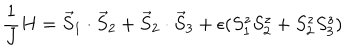
LaTeX: \frac { 1 } { J } H = \vec { S } _ { 1 } \cdot \vec { S } _ { 2 } + \vec { S } _ { 2 } \cdot \vec { S } _ { 3 } + \epsilon ( S _ { 1 } ^ { z } S _ { 2 } ^ { z } + S _ { 2 } ^ { z } S _ { 3 } ^ { z } )